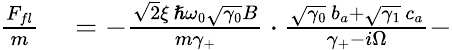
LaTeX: \begin{array}{rl}{\frac{F_{fl}}{m}}&{{}=-\frac{\sqrt 2\xi\, \hslash\omega_{0}\sqrt{\gamma_{0}}B}{m\gamma_{+}}\cdot\frac{\sqrt{\gamma_{0}}\, b_{a}+\sqrt{\gamma_{1}}\, c_{a}}{\gamma_{+}-i\Omega}-}\end{array}